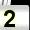
Digit: 2